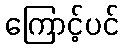
ကြောင့်ပင်